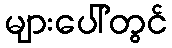
များပေါ်တွင်